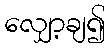
လျှော့ချ၍